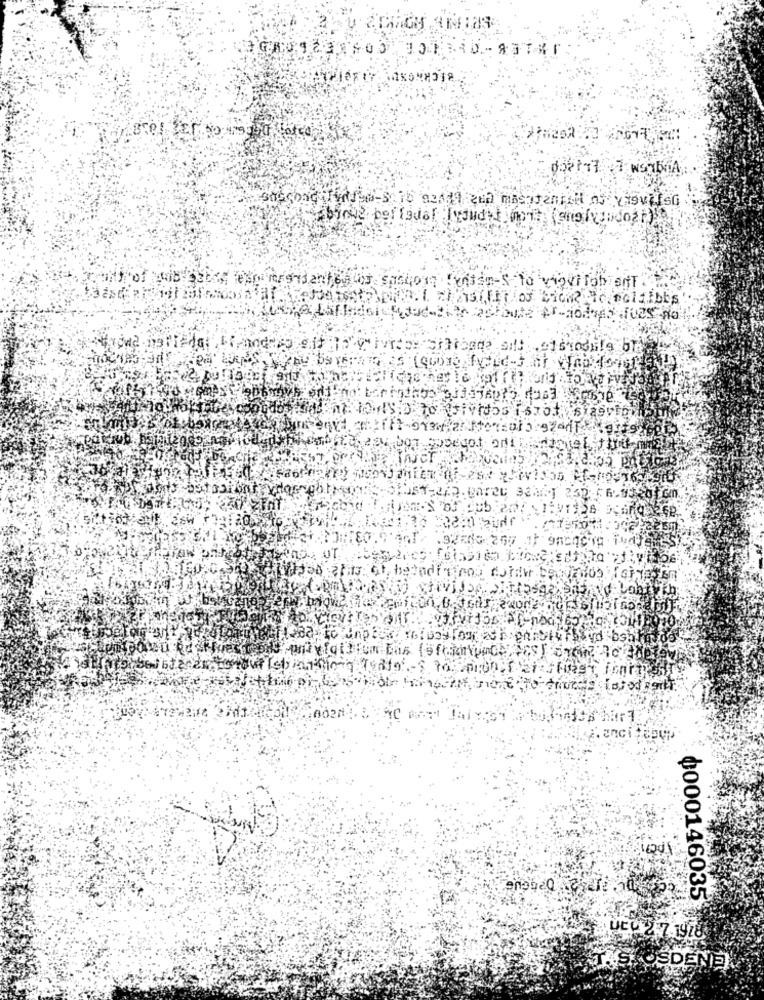
700: 00 15: 119 35 190010 fond-3
1200
3220 ;pudr .
. anci
0000146035
BUCC 2 7 1948
ATTESTOSDENEN